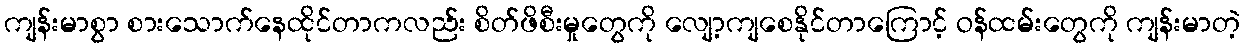
ကျန်းမာစွာ စားသောက်နေထိုင်တာကလည်း စိတ်ဖိစီးမှုတွေကို လျော့ကျစေနိုင်တာကြောင့် ဝန်ထမ်းတွေကို ကျန်းမာတဲ့